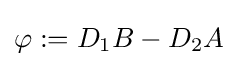
\varphi :=D_{1}B-D_{2}A